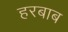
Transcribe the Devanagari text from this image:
हरबाब